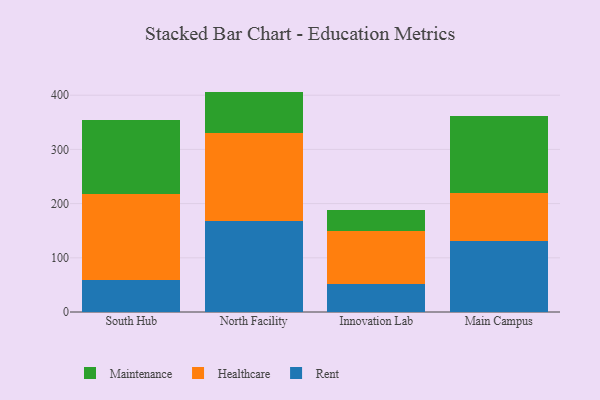
{"axis": {"x": "Campus", "y": "Demand Index"}, "legend": ["Healthcare", "Maintenance", "Rent"], "data": [{"x": "South Hub", "y": 59.2, "type": "Rent"}, {"x": "South Hub", "y": 159.3, "type": "Healthcare"}, {"x": "South Hub", "y": 134.9, "type": "Maintenance"}, {"x": "North Facility", "y": 168.7, "type": "Rent"}, {"x": "North Facility", "y": 162.0, "type": "Healthcare"}, {"x": "North Facility", "y": 76.0, "type": "Maintenance"}, {"x": "Innovation Lab", "y": 52.1, "type": "Rent"}, {"x": "Innovation Lab", "y": 97.1, "type": "Healthcare"}, {"x": "Innovation Lab", "y": 38.2, "type": "Maintenance"}, {"x": "Main Campus", "y": 131.4, "type": "Rent"}, {"x": "Main Campus", "y": 89.0, "type": "Healthcare"}, {"x": "Main Campus", "y": 140.7, "type": "Maintenance"}]}